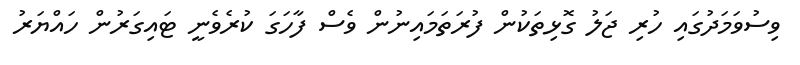
ވިސުވަމަދުގައި ހުރި ޖަލު ގޮޅިތަކުން ފުރަތަމައިނުން ވެސް ފާހަގަ ކުރެވެނީ ޓައިގަރުން ހައްޔަރު